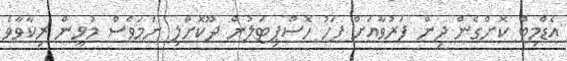
އެޑްމިޓް ކޮށްގެން ދިން ފަރުވާއަށް ފަހު ހޮސްޕިޓަލުން ދޫކޮށްލި ނަމަވެސް މުޅީން ރިކާވާވެ